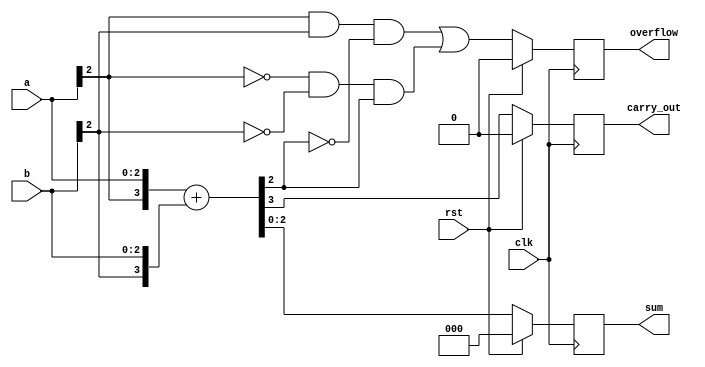
module sumador(
    input clk,
    input rst,
    input [WIDTH-1:0] a,
    input [WIDTH-1:0] b,
    output reg [WIDTH-1:0] sum,
    output reg overflow,
    output reg carry_out
);
parameter WIDTH = 3;
wire sign_a, sign_b, sign_aux_sum;
wire [WIDTH:0] aux_sum;

assign aux_sum = {a[WIDTH-1], a} + {b[WIDTH-1],b};
assign sign_a = a[WIDTH-1];
assign sign_b = b[WIDTH-1];
assign sign_sum = aux_sum[WIDTH-1];

always @(posedge clk) begin
    if (rst) begin
        sum <= 'd0;
        overflow <= 'd0;
        carry_out <= 'd0;
    end else begin
        sum <= aux_sum[WIDTH-1:0];
        overflow <= ( sign_a &  sign_b & ~sign_sum) |
                    (~sign_a & ~sign_b &  sign_sum);
        carry_out <= aux_sum[WIDTH];
    end
end


`ifdef COCOTB_SIM
    initial begin
        $dumpfile("./sim_build/waveform.vcd");
        $dumpvars (0, sumador);
    end
`endif

endmodule